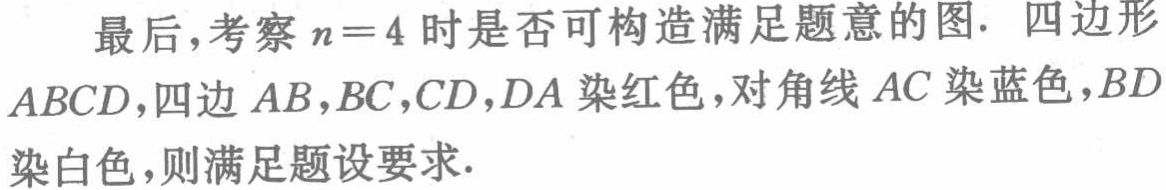
最后，考察 \(n = 4\) 时是否可构造满足题意的图. 四边形

\(ABCD\)，四边 \(AB,BC,CD,DA\) 染红色，对角线 \(AC\) 染蓝色，\(BD\)

染白色，则满足题设要求.